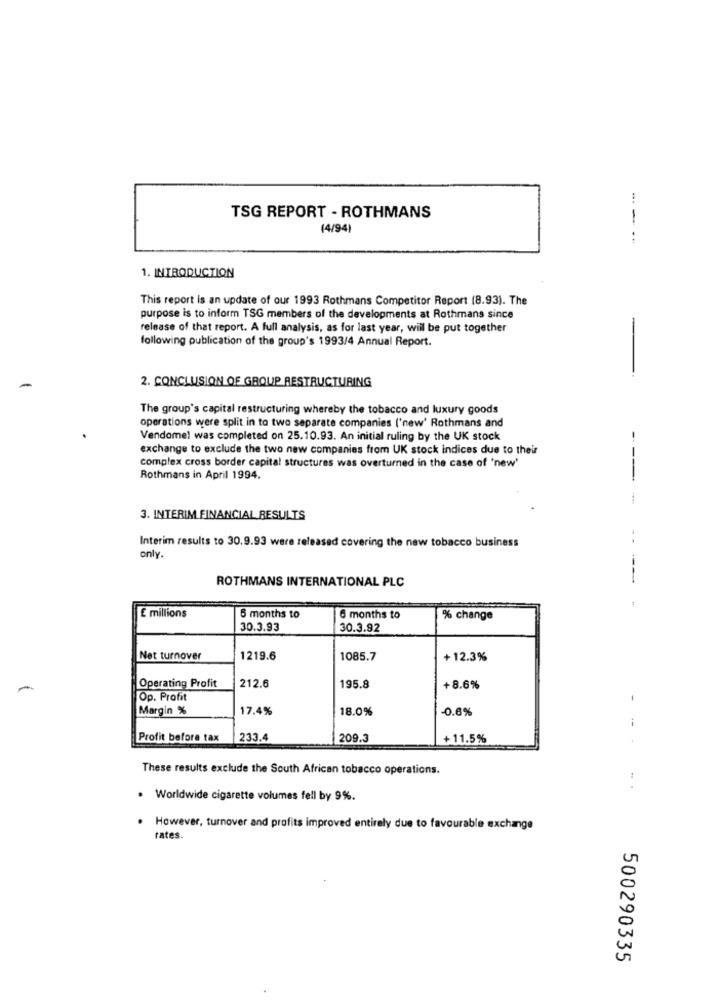
TSG REPORT - ROTHMANS
1
(4/94)
1. INTRODUCTION
This report is an update of our 1993 Rothmans Competitor Report (8.93). The
purpose is to inform TSG members of the developments at Rothmans since
release of that report. A full analysis, as for last year, will be put together
-
following publication of the group's 1993/4 Annual Report.
2. CONCLUSION OF GROUP RESTRUCTURING
The group's capital restructuring whereby the tobacco and luxury goods
operations were split in to two separate companies ('new' Rothmans and
Vendome! was completed on 25.10.93. An initial ruling by the UK stock
exchange to exclude the two new companies from UK stock indices due to their
complex cross border capital structures was overturned in the case of 'new'
Rothmans in April 1994.
---
3. INTERIM FINANCIAL RESULTS
Interim results to 30.9.93 were released covering the new tobacco business
only.
ROTHMANS INTERNATIONAL PLC
---
1
E millions
5 months to
6 months to
% change
30.3.93
30.3.92
Net turnover
1219.6
1085.7
+12.3%
Operating Profit
212.6
195.8
+8.6%
Op. Profit
Margin %
17.4%
18.0%
-0.6%
Profit before tax
233.4
209.3
+11.5%
These results exclude the South African tobacco operations.
..
. Worldwide cigarette volumes fell by 9%.
However, turnover and profits improved entirely due to favourable exchange
rates.
500290335